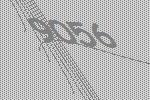
9056